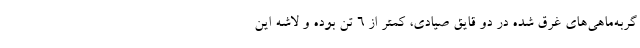
گربه‌ماهی‌های غرق شده در دو قایق صیادی، کمتر از ۶ تن بوده و لاشه این